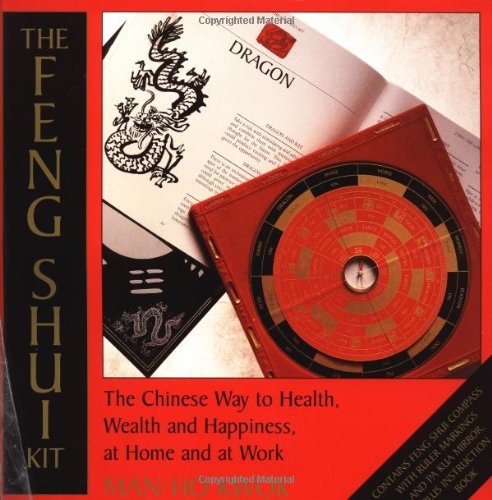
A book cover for The Feng Shui Kit: The Chinese Way to Health, Wealth, and Happiness at  Home and at  Work; Man-ho Kwok; Business & Money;